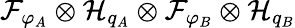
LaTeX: \mathcal{F}_{\varphi_{A}}\otimes\mathcal{H}_{q_{A}}\otimes\mathcal{F}_{\varphi_{B}}\otimes\mathcal{H}_{q_{B}}